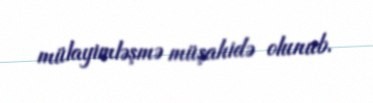
mülayimləşmə müşahidə olunub.